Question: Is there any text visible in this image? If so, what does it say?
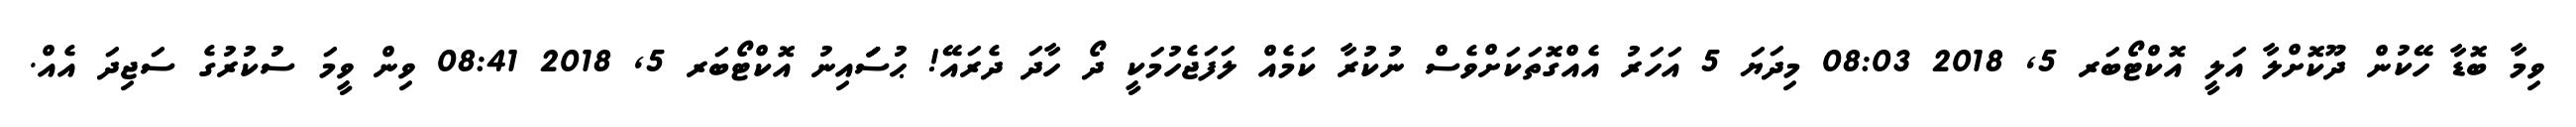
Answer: ވިމާ ބޮޑާ ހޭކުން ދޫކޮށްލާ އަލީ އޮކްޓޯބަރ 5, 2018 08:03 މިދަޔަ 5 އަހަރު އެއްގޮތަކަށްވެސް ނުކުރާ ކަމެއް ލަފަޖެހުމަކީ ދޯ ހާދަ ދެރައޭ! ޙުސަަަަަަަައިނު އޮކްޓޯބަރ 5, 2018 08:41 ވިން ވީމަ ސުކުރުގެ ސަޖިދަ އެއް.